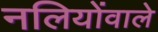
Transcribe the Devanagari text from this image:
नलियोंवाले